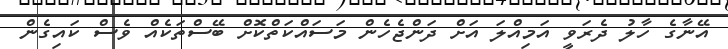
އޭނާގެ ހާލު ދެރަވީ އަމިއްލަ އަށް ދަންޖެހެން މަސައްކަތްކޮށް ބޭސްތަކެއް ވެސް ކައިގެން